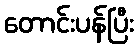
တောင်းပန်ပြီး